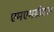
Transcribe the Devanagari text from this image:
एमएमडीएस